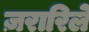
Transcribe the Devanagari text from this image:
ज़रारिले